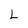
Character: L